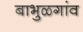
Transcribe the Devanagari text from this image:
बाभुळगांव